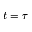
t = \tau